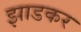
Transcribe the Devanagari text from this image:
झाडकर